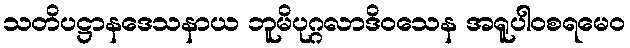
သတိပဋ္ဌာနဒေသနာယ ဘူမိပုဂ္ဂလာဒိဝသေန အရူပါဝစရမေဝ